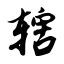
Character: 辖